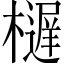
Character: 𱤥